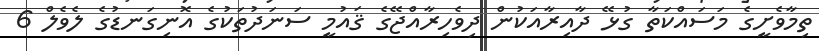
ތިމާވެށީގެ މަސައްކަތާ ގުޅޭ ދާއިރާއަކުން ދިވެހިރާއްޖޭގެ ޤައުމީ ސަނަދުތަކުގެ އޮނިގަނޑުގެ ލެވެލް 6